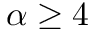
\alpha \geq 4